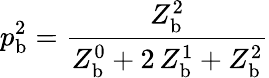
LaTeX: p_{\mathrm{b}}^{\mathrm{2}}=\frac{Z_{\mathrm{b}}^{\mathrm{2}}}{Z_{\mathrm{b}}^{\mathrm{0}}+2\, Z_{\mathrm{b}}^{\mathrm{1}}+Z_{\mathrm{b}}^{\mathrm{2}}}